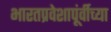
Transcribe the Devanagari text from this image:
भारतप्रवेशापूंर्वीच्या